Indian journal of veterinary science and animal husbandry - Volume 11,
Year: 1941
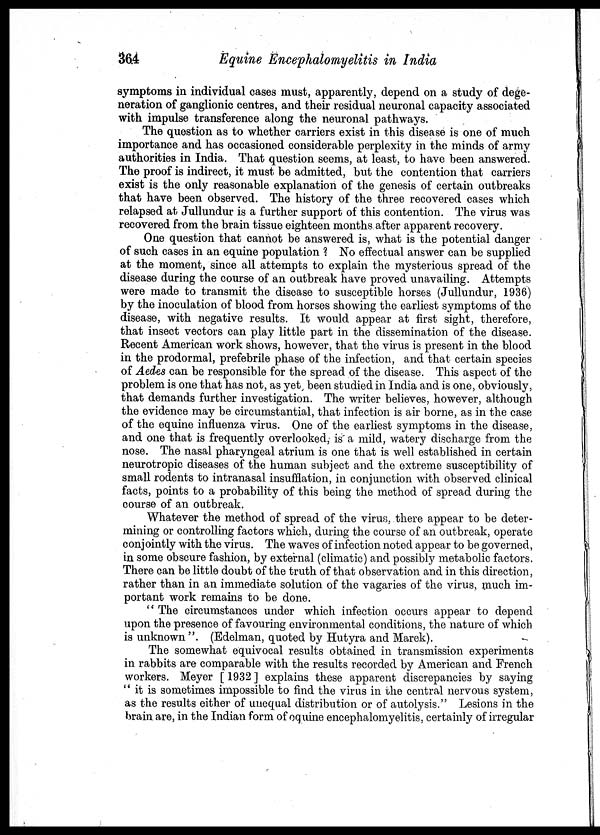
364
Equine Encephalomyelitis in India
symptoms in individual cases must, apparently, depend on a study of dege-
neration of ganglionic centres, and their residual neuronal capacity associated
with impulse transference along the neuronal pathways.
The question as to whether carriers exist in this disease is one of much
importance and has occasioned considerable perplexity in the minds of army
authorities in India. That question seems, at least, to have been answered.
The proof is indirect, it must be admitted, but the contention that carriers
exist is the only reasonable explanation of the genesis of certain outbreaks
that have been observed. The history of the three recovered cases which
relapsed at Jullundur is a further support of this contention. The virus was
recovered from the brain tissue eighteen months after apparent recovery.
One question that cannot be answered is, what is the potential danger
of such cases in an equine population ? No effectual answer can be supplied
at the moment, since all attempts to explain the mysterious spread of the
disease during the course of an outbreak have proved unavailing. Attempts
were made to transmit the disease to susceptible horses (Jullundur, 1936)
by the inoculation of blood from horses showing the earliest symptoms of the
disease, with negative results. It would appear at first sight, therefore,
that insect vectors can play little part in the dissemination of the disease.
Recent American work shows, however, that the virus is present in the blood
in the prodormal, prefebrile phase of the infection, and that certain species
of Aedes can be responsible for the spread of the disease. This aspect of the
problem is one that has not, as yet been studied in India and is one, obviously,
that demands further investigation. The writer believes, however, although
the evidence may be circumstantial, that infection is air borne, as in the case
of the equine influenza virus. One of the earliest symptoms in the disease,
and one that is frequently overlooked, is a mild, watery discharge from the
nose. The nasal pharyngeal atrium is one that is well established in certain
neurotropic diseases of the human subject and the extreme susceptibility of
small rodents to intranasal insufflation, in conjunction with observed clinical
facts, points to a probability of this being the method of spread during the
course of an outbreak.
Whatever the method of spread of the virus, there appear to be deter-
mining or controlling factors which, during the course of an outbreak, operate
conjointly with the virus. The waves of infection noted appear to be governed,
in some obscure fashion, by external (climatic) and possibly metabolic factors.
There can be little doubt of the truth of that observation and in this direction,
rather than in an immediate solution of the vagaries of the virus, much im-
portant work remains to be done.
" The circumstances under which infection occurs appear to depend
upon the presence of favouring environmental conditions, the nature of which
is unknown ". (Edelman, quoted by Hutyra and Marek).
The somewhat equivocal results obtained in transmission experiments
in rabbits are comparable with the results recorded by American and French
workers. Meyer [ 1932 ] explains these apparent discrepancies by saying
" it is sometimes impossible to find the virus in the central nervous system,
as the results either of unequal distribution or of autolysis." Lesions in the
brain are, in the Indian form of equine encephalomyelitis, certainly of irregular